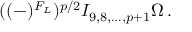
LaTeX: ( ( - ) ^ { F _ { L } } ) ^ { p / 2 } I _ { 9 , 8 , \ldots , p + 1 } \Omega \, .